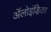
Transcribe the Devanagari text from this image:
ॲलोइंडिका